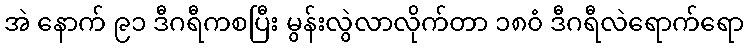
အဲ နောက် ၉၁ ဒီဂရီကစပြီး မွန်းလွဲလာလိုက်တာ ၁၈၀ံ ဒီဂရီလဲရောက်ရော